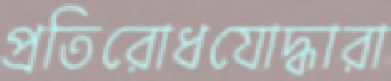
প্রতিরোধযোদ্ধারা